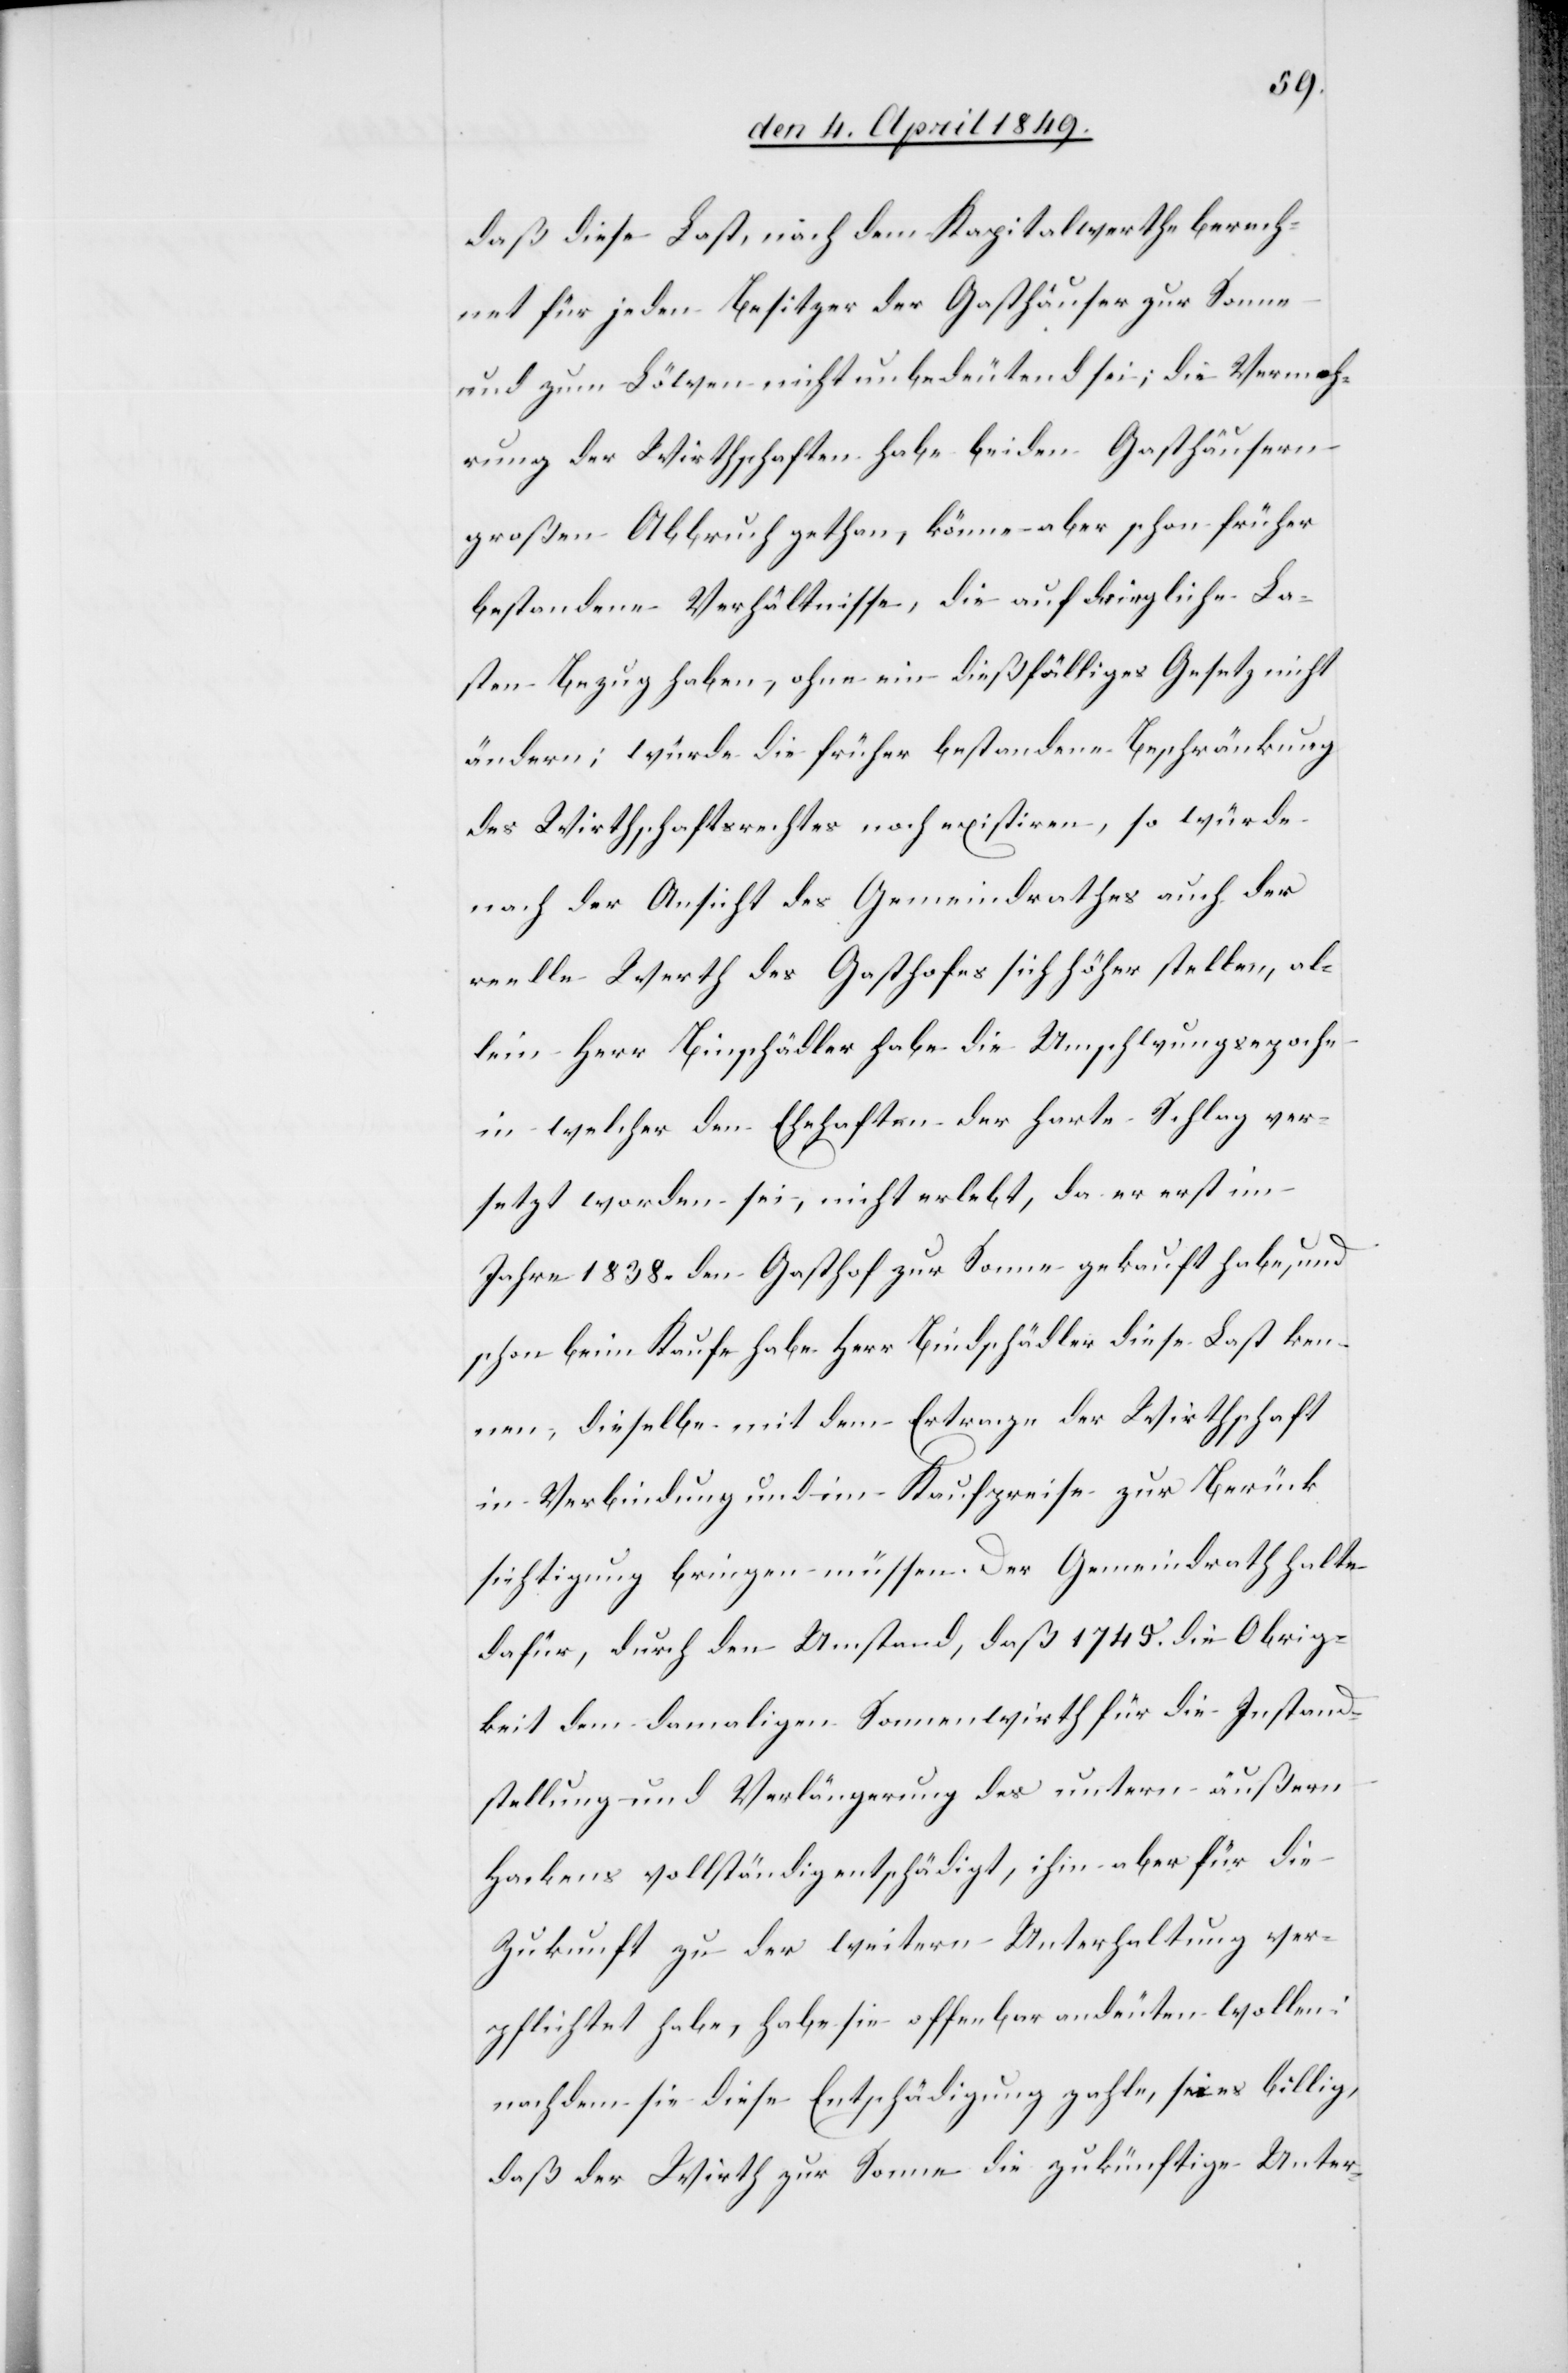
daß diese Last, nach dem Kapitalwerthe berech¬
net für jeden Besitzer der Gasthäuser zur Sonne
und zum Löwen nicht unbedeutend sei; die Vermeh¬
rung der Wirthschaften habe beiden Gasthäusern
großen Abbruch gethan, könne aber schon früher
bestandene Verhältnisse, die auf dringliche La¬
sten Bezug haben, ohne ein dießfälliges Gesetz nicht
ändern; würde die früher bestandene Beschränkung
des Wirthschaftsrechtes noch existiren, so würde
nach der Ansicht des Gemeindrathes auch der
reelle Werth des Gasthofes sich höher stellen, al¬
lein Herr Bindschädler habe die Umschwungsepoche
in welcher den Ehehaften der harte Schlag ver¬
setzt worden sei, nicht erlebt, da er erst im
Jahre 1838. den Gasthof zur Sonne gekauft habe, und
schon beim Kaufe habe Herr Bindschädler diese Last ken¬
nen, dieselbe mit dem Ertrage der Wirthschaft
in Verbindung und im Kaufpreise zur Berück¬
sichtigung bringen müssen. Der Gemeindrath halte
dafür, durch den Umstand, daß 1745. die Obrig¬
keit dem damaligen Sonnenwirth für die Instand¬
stellung und Verlängerung des untern äußern
Hackens vollständig entschädigt, ihm aber für die
Zukunft zu der weitern Unterhaltung ver¬
pflichtet habe, habe sie offenbar andeuten wollen:
nachdem sie diese Entschädigung zahle, sei es billig,
daß der Wirth zur Sonne die zukünftige Unter-